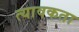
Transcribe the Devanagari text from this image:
त्यावकता